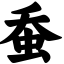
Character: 蚕